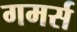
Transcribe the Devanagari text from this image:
गमर्स